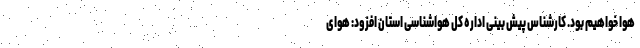
هوا خواهیم بود. کارشناس پیش بینی اداره کل هواشناسی استان افزود: هوای